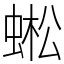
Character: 蜙